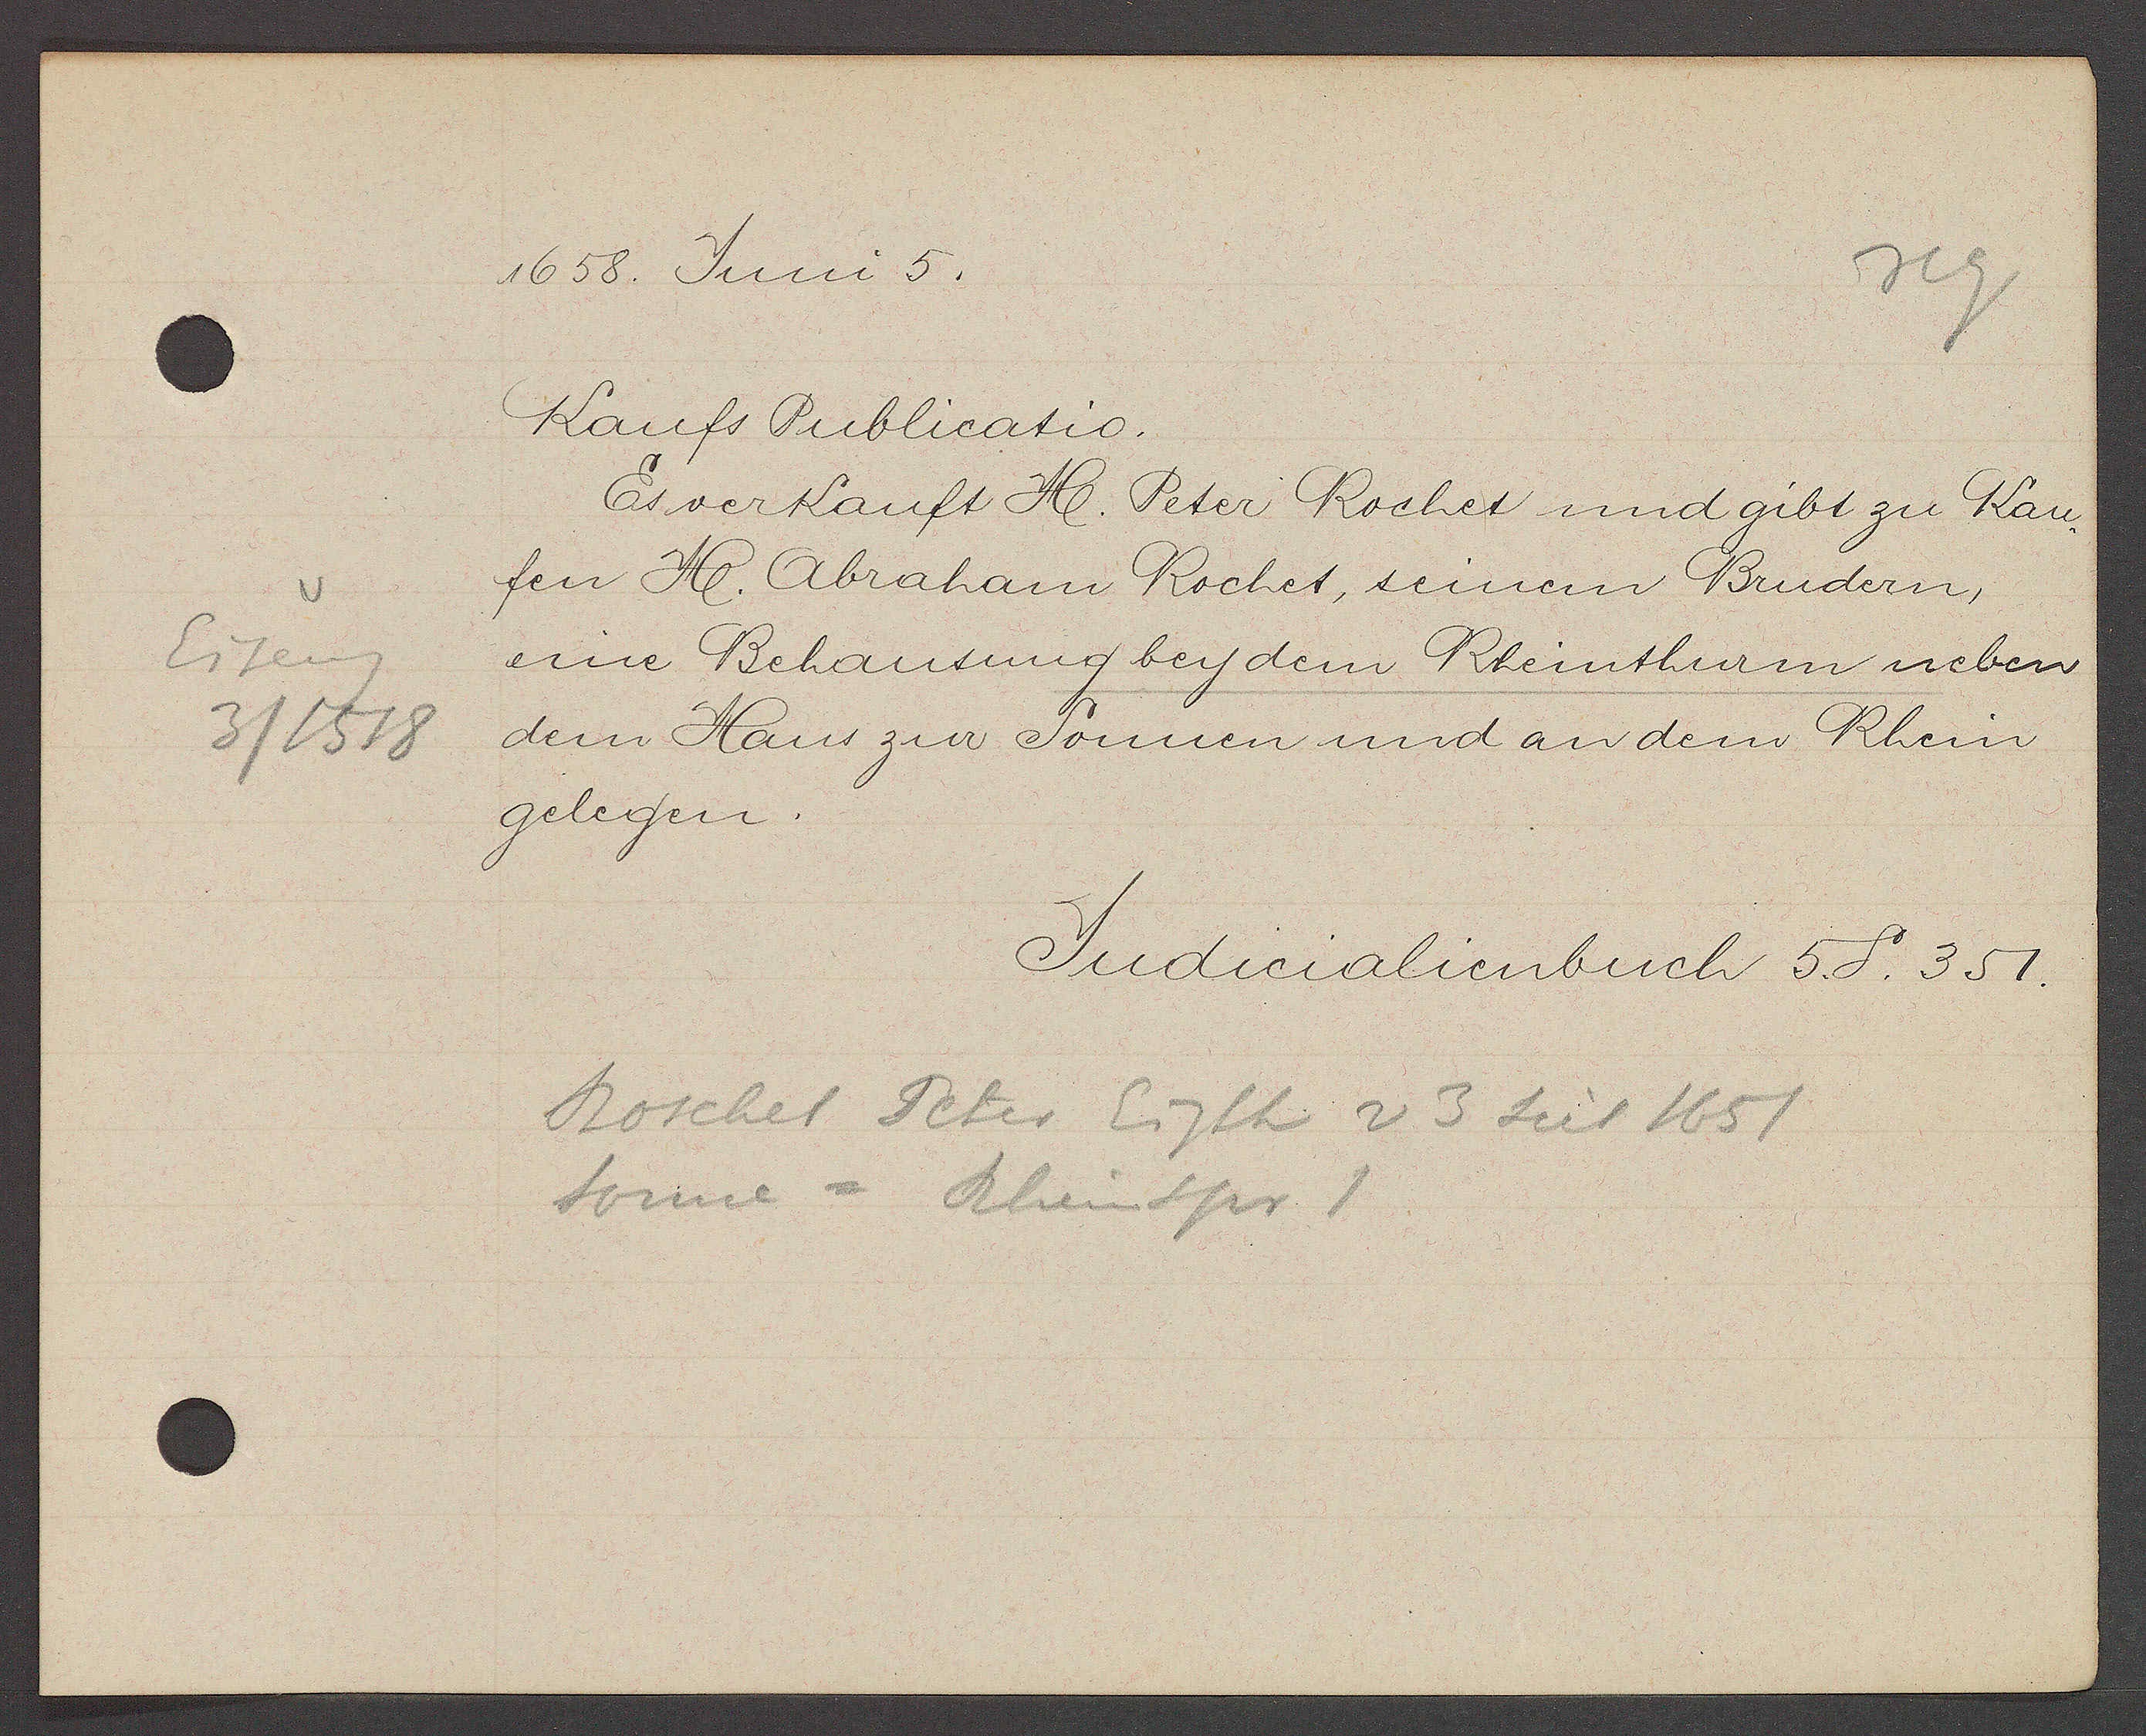
Transcript:
Eiseng
3 / 1518

1658. Juni 5.

Kaufs Publicatio.
Es verkauft H. Peter Rochet und gibt zu Kau-
fen H. Abraham Rochet, seinem Brudern,
eine Behausung bey dem Rheinthurm neben
dem Haus zur Sonnen und an dem Rhein
gelegen.

Judicalienbuch 5. S. 351

Roschet Peter Eigth v 3 seit 1651.
Sonne = Rheinspr 1